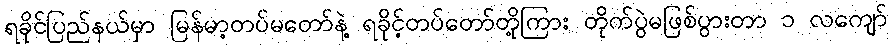
ရခိုင်ပြည်နယ်မှာ မြန်မာ့တပ်မတော်နဲ့ ရခိုင့်တပ်တော်တို့ကြား တိုက်ပွဲမဖြစ်ပွားတာ ၁ လကျော်